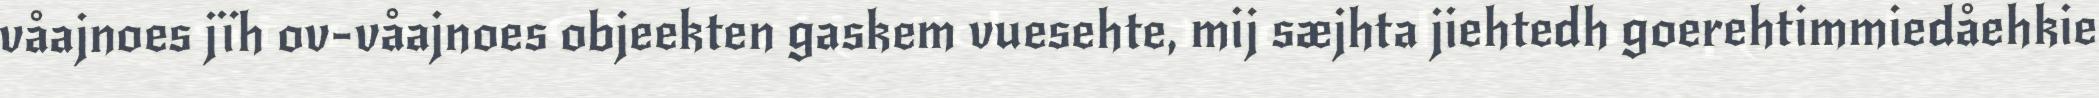
våajnoes jïh ov-våajnoes objeekten gaskem vuesehte, mij sæjhta jiehtedh goerehtimmiedåehkie